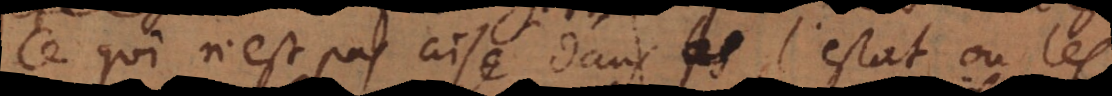
Ce qui n’est pas aisé dans l’estat où les